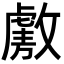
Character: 𫿑